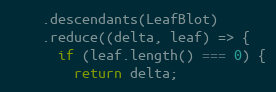
Language: JavaScript
    .descendants(LeafBlot)
    .reduce((delta, leaf) => {
      if (leaf.length() === 0) {
        return delta;